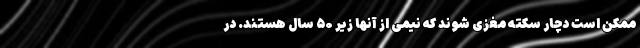
ممکن است دچار سکته مغزی شوند که نیمی از آنها زیر ۵۰ سال هستند. در